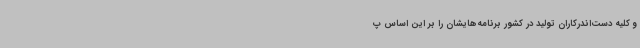
و کلیه دست‌اندرکاران تولید در کشور برنامه‌هایشان را بر این اساس پ